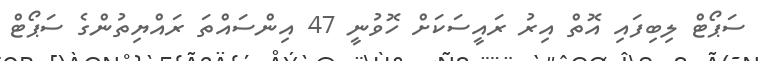
ސަޕޯޓް ލިބިފައި އޮތް އިރު ރައީސަކަށް ހޮވުނީ 47 އިންސައްތަ ރައްޔިތުންގެ ސަޕޯޓް